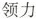
领力